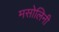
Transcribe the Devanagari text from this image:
मसोलिनी